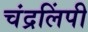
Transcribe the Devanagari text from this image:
चंद्रलिंपी